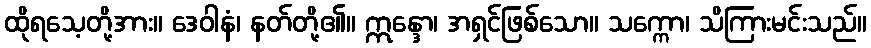
ထိုရသေ့တို့အား။ ဒေဝါနံ၊ နတ်တို့၏။ ဣန္ဒော၊ အရှင်ဖြစ်သော။ သက္ကော၊ သိကြားမင်းသည်။